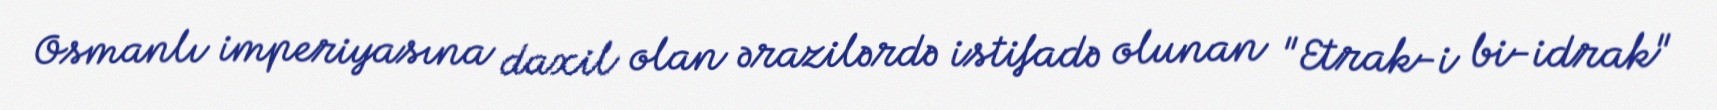
Osmanlı imperiyasına daxil olan ərazilərdə istifadə olunan "Etrak-i bi-idrak"